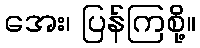
အေး၊ ပြန်ကြစို့။